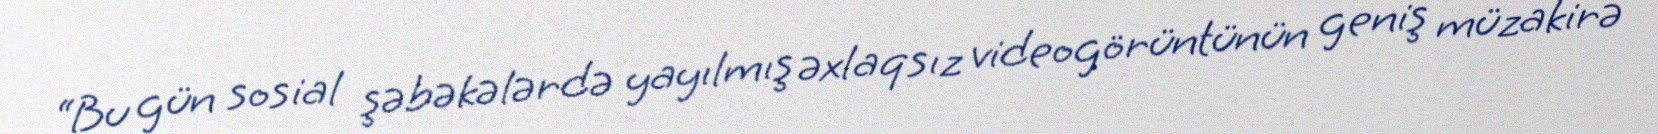
“Bu gün sosial şəbəkələrdə yayılmış əxlaqsız videogörüntünün geniş müzakirə